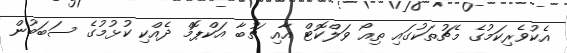
އެކުވެރިކަމުގެ މެޗުތަކުގައި ތިއޯ ވަލްކޮޓް އާއި ޗުބާ އަކްޕޮމް ދެއްކި ކުޅުމުގެ ސަބަބުން